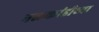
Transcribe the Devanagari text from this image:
नळकांडीच्या